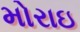
મોરાઇ